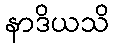
နာဒိယသိ